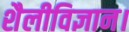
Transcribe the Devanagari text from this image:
शैलीविज्ञान।